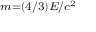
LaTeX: \scriptstyle { m = ( 4 / 3 ) E / c ^ { 2 } }